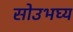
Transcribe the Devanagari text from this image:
सोउभघ्य